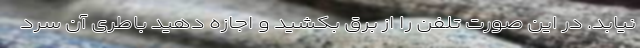
نیابد. در این صورت تلفن را از برق بکشید و اجازه دهید باطری آن سرد